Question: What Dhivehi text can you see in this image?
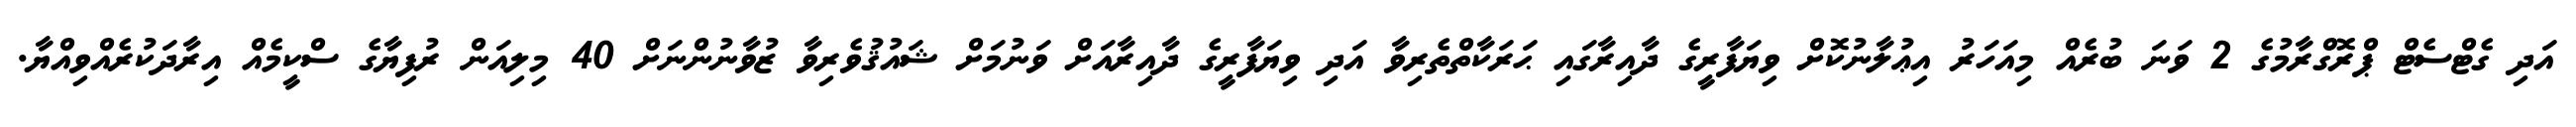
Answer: އަދި ގެޓްސެޓް ޕްރޮގްރާމުގެ 2 ވަނަ ބުރެއް މިއަހަރު އިޢުލާނުކޮށް ވިޔަފާރީގެ ދާއިރާގައި ޙަރަކާތްތެރިވާ އަދި ވިޔަފާރީގެ ދާއިރާއަށް ވަނުމަށް ޝައުޤުވެރިވާ ޒުވާނުންނަށް 40 މިލިއަން ރުފިޔާގެ ސްކީމެއް އިރާދަކުރެއްވިއްޔާ.